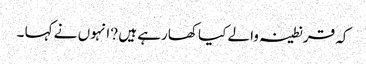
کہ قرنطینہ والے کیا کھارہے ہیں ?انہوں نے کہا ۔